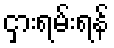
ငှားရမ်းရန်